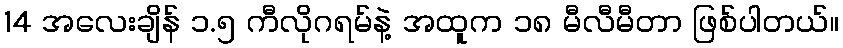
14 အလေးချိန် ၁.၅ ကီလိုဂရမ်နဲ့ အထူက ၁၈ မီလီမီတာ ဖြစ်ပါတယ်။